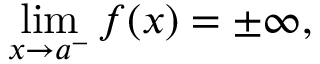
\operatorname* { l i m } _ { x \to a ^ { - } } f ( x ) = \pm \infty ,